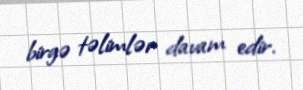
birgə təlimlər davam edir.